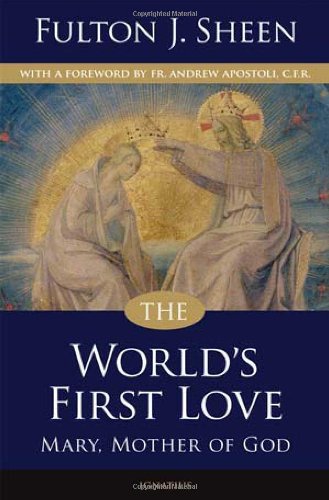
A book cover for The World's First Love: A Moving Portrayal of the Virgin Mary; Fulton J. Sheen; Christian Books & Bibles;